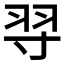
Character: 𦏽